Vaccination in Burma 1912-1922 - 1912-1922
Year: 1912
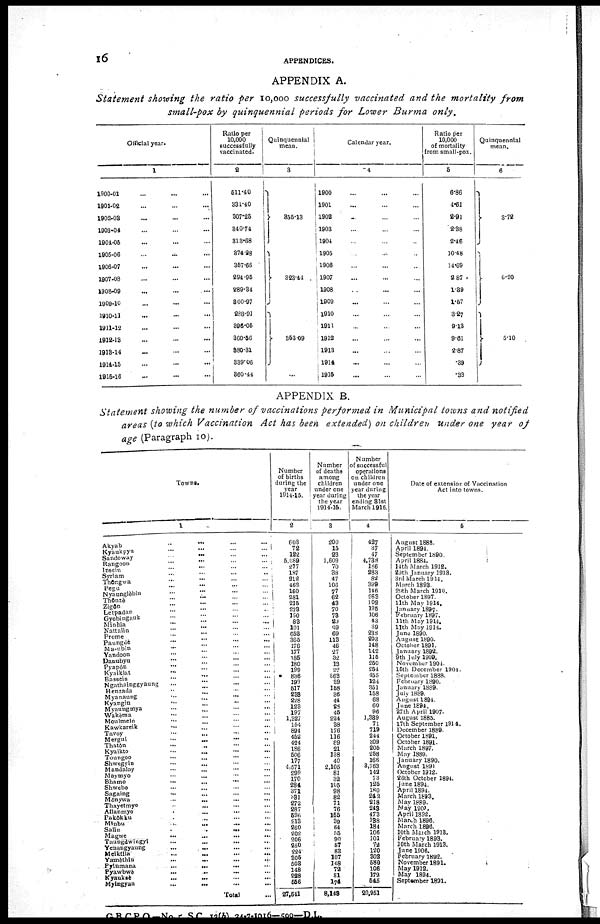
16
APPENDICES.
APPENDIX A.
Statement showing the ratio per 10,000 successfully vaccinated and the mortality
from
small-pox by quinquennial periods for Lower Burma
only.
Official year.
1
1900-01 ... ... ...
1901-02 ... ... ...
1902-03 ... ... ...
1903-04 ... ... ...
1904-05 ... ... ...
1905-06 ... ... ...
1906-07 ... ... ...
1907-08 ... ... ...
1908-09 ... ... ...
1909-10 ... ... ...
1910-11 ... ... ...
1911-12 ... ... ...
1912-13... ... ...
1913-14 ... ... ...
1914-15 ... ... ...
1916-16 ... ... ...
Ratio per
10,000
successfully
vaccinated.
2
511.40
331.40
307.25
340.74
313.68
374.28
357.65
294.95
289.34
300.97
288.91
896.05
360.56
880.31
339.06
360.44
Quinquennial
mean.
3
355.13
323.44
353.09
...
Calendar year.
1
1900 ... ... ...
1901 ... ... ...
1902 ... ... ...
1903 ... ... ...
1904 ... ... ...
1905 ... ... ...
1906 ... ... ...
1907 ... ... ...
1908 ... ... ...
1909 ... ... ...
1910
...
...
...
1911 ... ... ...
1912 ... ... ...
1913 ... ... ...
1914 ... ... ...
1915 ... ... ...
Ratio per
10,000
of mortality
from small-pox.
5
6.86
4.61
2.91
2.38
2.46
10.48
14.69
2.87
1.39
1.57
3.27
9.13
9.61
2.87
.39
.38
Quinquennial
mean.
6
3.72
6.20
5.10
APPENDIX B.
Statement showing the number of vaccinations performed in Municipal towns and notified
areas (to which Vaccination Act has been extended) on children Under one year of
age (Paragraph 10).
Towns.
1
Akyab
...
...
...
...
Kyaukpyu
...
...
...
...
Sandoway ... ... ... ...
Rangoon
...
...
...
...
Insein
...
...
...
...
Syriam
...
...
...
...
Thôngwa
...
...
...
...
Pegu ... ... ... ...
Nyaunglebin
Thônzè
...
...
...
...
Zigôn ... ... ... ...
Letpadan ... ... ... ...
Gyobingauk ... ... ... ...
Minhla
Nattalin ... ... ... ...
Prome ... ... ... ...
Paungdè ... ... ... ...
Ma-ubin ... ... ... ...
Yandoon ... ... ... ...
Danubyu ... ... ... ...
Pyapôn ... ... ... ...
Kyaiklat ... ... ... ...
Bassein ... ... ... ...
Ngathainggyaung ... ... ... ...
Henzada ... ... ... ...
Myanaung ... ... ... ...
Kyangin ... ... ... ...
Myaungmya ... ... ... ...
Wakèma ... ... ... ...
Moulmein ... ... ... ...
Kawkareik ... ... ... ...
Tavoy ... ... ... ...
Mergui
— ... ... ... ...
Thatôn
... ... ... ...
Kyaikto ... ... ... ...
Toungoo ... ... ... ...
Shwegyin ... ... ... ...
Mandalay ... ... ... ...
Maymyo ... ... ... ...
Bhamo
...
...
...
...
Shwebo ... ... ... ...
Sagaing ... ... ... ...
Mônywa
...
...
...
...
Thayetmyo ... ... ... ...
Allanmyo ... ... ... ...
Pakôkku ... ... ... ...
Minbu ... ... ... ...
Salin
...
...
...
...
Magwe
...
...
...
...
Taungdwingyi ... ... ... ...
Yenangyaung
...
... ... ...
Meiktila
...
...
...
...
Yamèthin
...
...
...
...
Pyinmana
...
... ... ...
Pyawbwè
... ... ... ...
Kyauksè ... ... ... ...
Myingyan
...
... ... ...
Total ...
Number
of births
during the
year
1911-15.
2
603
72
122
5,089
277
187
212
462
160
281
215
223
190
83
101
653
365
176
177
185
180
199
836
199
517
238
228
123
197
1,327
154
894
452
424
186
506
177
4,571
299
170
284
371
331
272
287
596
213
260
202
206
250
224
305
503
148
228
556
27,541
Number
of deaths
among
children
under one
year during
the year
1914-15.
3
200
15
23
1,609
70
38
47
106
77
62
43
70
73
29
29
69
113
46
27
32
13
22
363
39
158
36
44
28
45
224
38
176
116
89
21
138
40
2,105
81
32
105
98
82
71
76
155
39
64
55
90
57
83
107
148
72
81
174
8,143
Number
of successful
operations
on children
under one
year during
the year
ending 31st
March 1916.
4
427
37
47
4,738
186
283
82
399
146
263
102
195
106
43
39
238
203
148
142
116
250
254
455
124
351
158
68
60
96
1,389
71
719
244
309
205
258
166
3,763
142
73
125
180
242
218
243
473
138
184
106
101
72
120
302
580
106
172
545
20,951
Date of extension of Vaccination
Act into towns.
5
August 1883.
April 1894.
September 1890.
April 1884.
14th March 1912.
29th January 1913.
3rd March 1914.
March 1898.
29th March 1910.
October 1897.
11th May 1914.
January 1897.
February 1897.
11th May 1914.
11th May 1914.
June 1890.
August 1890.
October 1891.
January 1892.
9th July 1909.
November 1904.
15th December 1904.
September 1888.
February 1890.
January 1889.
Ju1y 1889.
August 1894.
June 1894.
27th April 1907.
August 1885.
17th September 1914.
December 1889.
October 1891.
October 1891.
March 1897.
May 1889.
January 1890.
August 1891
October 1912.
26th October 1894.
June 1894.
April 1894.
March 1893.
May 1889.
May 1900.
April 1892.
March 1896.
March 1896.
10th Match 1913.
February 1893.
10th March 1913.
June 1906.
February 1892.
November 1891.
May 1912.
May 1894.
September 1891.
G. B. C. P. O —No. 5 SC 12(b) 24-7-1016—500— D.L.